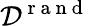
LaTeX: {\cal D}^{\mathrm{~r~a~n~d~}}